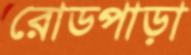
রোডপাড়া